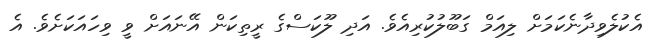
އެކުލެވިދާނެކަމަށް ލިއަމް ގަބޫލުކުރިއެވެ. އަދި ލޫކަސްގެ ރީތިކަން އޭނައަށް ވީ ވިހައަކަށެވެ. އެ